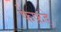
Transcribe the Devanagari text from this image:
फेफ़ड़े